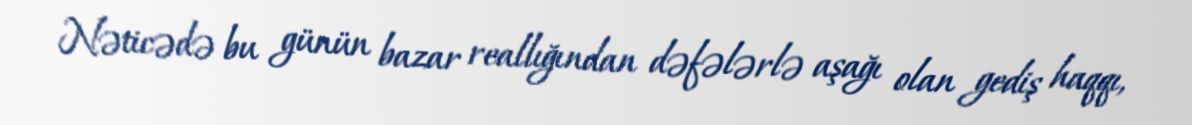
Nəticədə bu günün bazar reallığından dəfələrlə aşağı olan gediş haqqı,